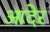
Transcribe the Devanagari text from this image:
आदेर